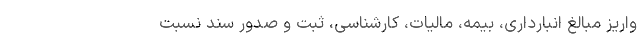
واریز مبالغ انبارداری، بیمه، مالیات، کارشناسی، ثبت و صدور سند نسبت